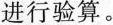
进